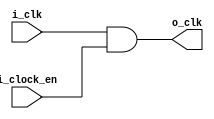
`timescale 1ns / 1ps

module clock_gating_module(
    input 	i_clk,
    input 	i_clock_en,
    output  o_clk
    );

    assign o_clk   = i_clk & i_clock_en;
endmodule